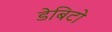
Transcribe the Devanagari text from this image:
डेबिटो